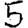
Digit: 5